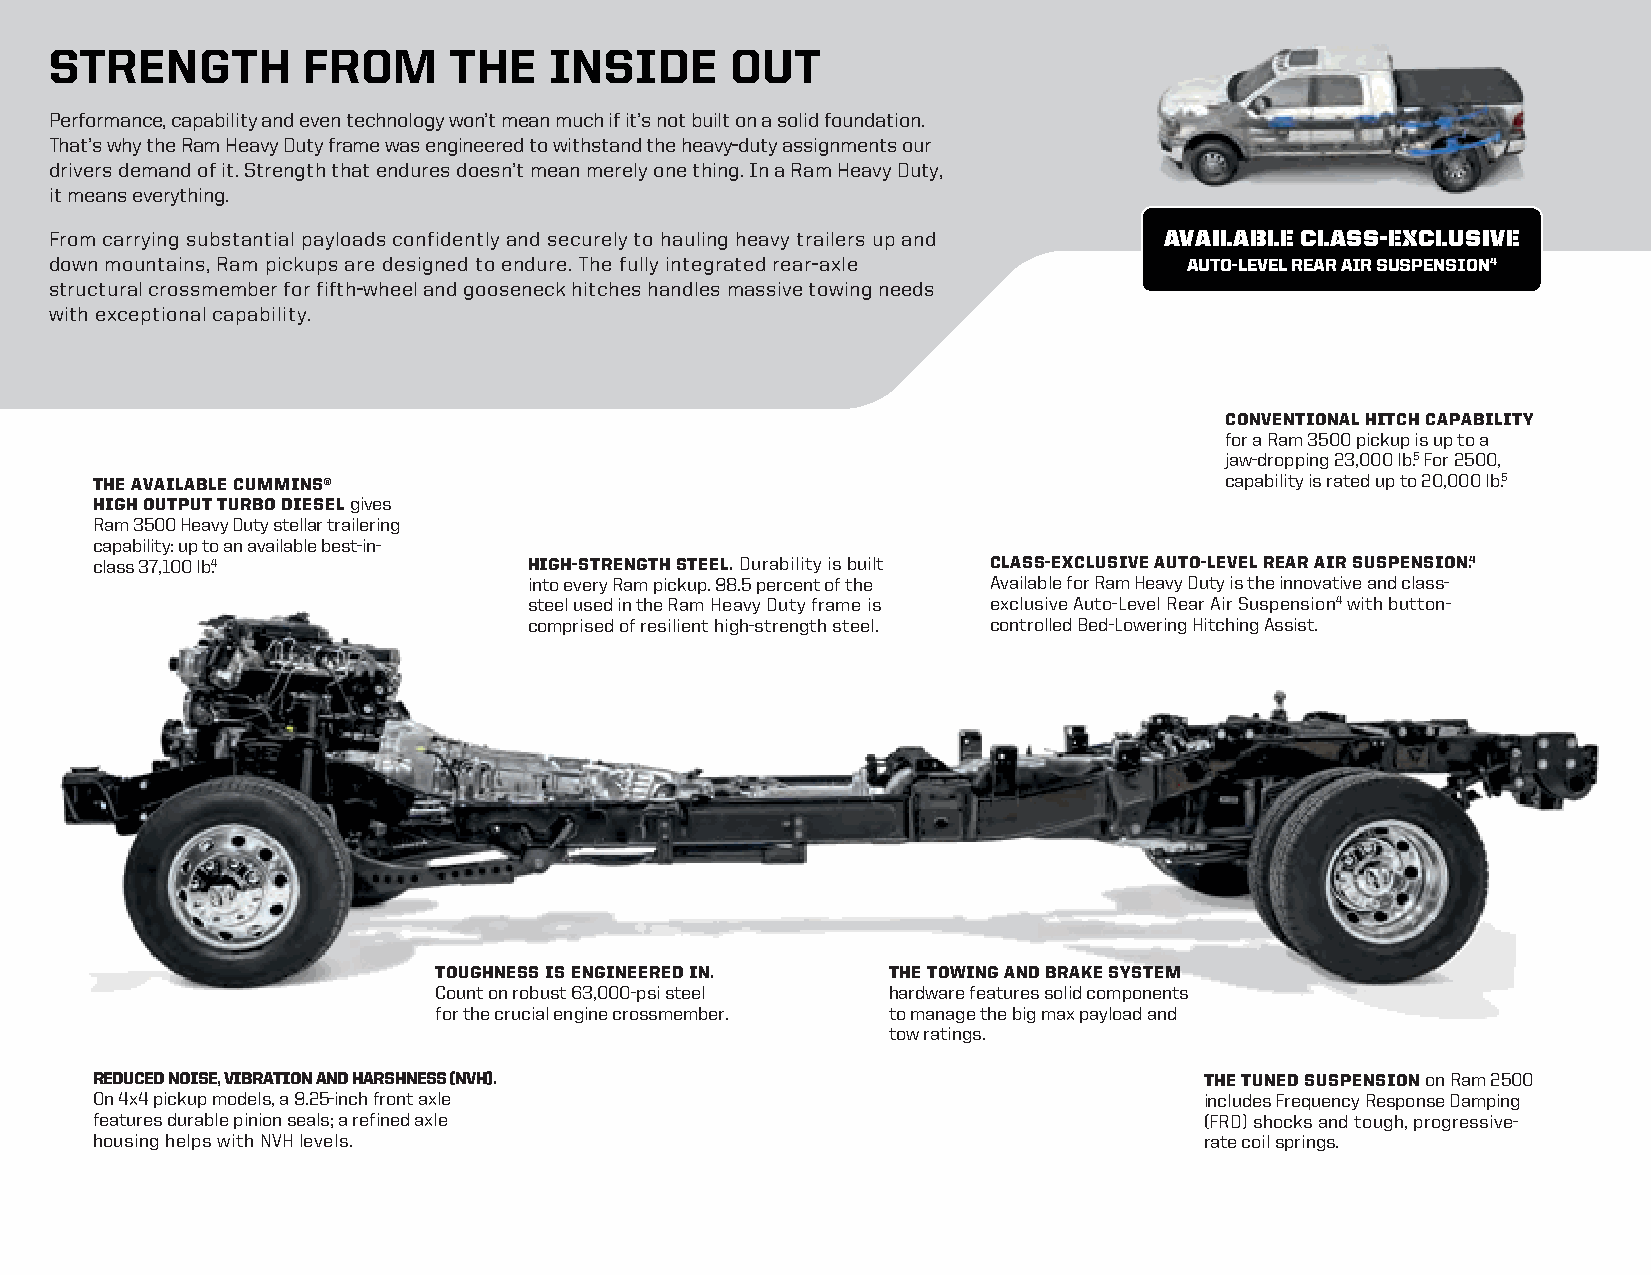
STRENGTH         FROM      THE   INSIDE      OUT
 Performance, capability and even technology won’t mean much if it’s not built on a solid foundation.
 That’s why the Ram Heavy Duty frame was engineered to withstand the heavy-duty assignments our
 drivers demand of it. Strength that endures doesn’t mean merely one thing. In a Ram Heavy Duty,
 it means everything.
 From carrying substantial payloads confidently and securely to hauling heavy trailers up and AVAILABLE CLASS-EXCLUSIVE
 down mountains, Ram pickups are designed to endure. The fully integrated rear-axle AUTO-LEVEL REAR AIR SUSPENSION4
 structural crossmember for fifth-wheel and gooseneck hitches handles massive towing needs
 with exceptional capability.
 CONVENTIONAL HITCH CAPABILITY
 for a Ram 3500 pickup is up to a
 jaw-dropping 23,000 lb.5 For 2500,
 THE AVAILABLE CUMMINS®                                                     capability is rated up to 20,000 lb.5
 HIGH OUTPUT TURBO DIESEL gives
 Ram 3500 Heavy Duty stellar trailering
 capability: up to an available best-in-
 class 37,100 lb.4            HIGH-STRENGTH STEEL. Durability is built CLASS-EXCLUSIVE AUTO-LEVEL REAR AIR SUSPENSION.4
 into every Ram pickup. 98.5 percent of the Available for Ram Heavy Duty is the innovative and class-
 steel used in the Ram Heavy Duty frame is exclusive Auto-Level Rear Air Suspension4 with button-
 comprised of resilient high-strength steel. controlled Bed-Lowering Hitching Assist.
 TOUGHNESS IS ENGINEERED IN.   THE TOWING AND BRAKE SYSTEM
 Count on robust 63,000-psi steel hardware features solid components
 for the crucial engine crossmember. to manage the big max payload and
 tow ratings.
 REDUCED NOISE, VIBRATION AND HARSHNESS (NVH).                             THE TUNED SUSPENSION on Ram 2500
 On 4x4 pickup models, a 9.25-inch front axle                              includes Frequency Response Damping
 features durable pinion seals; a refined axle                             (FRD) shocks and tough, progressive-
 housing helps with NVH levels.                                            rate coil springs.